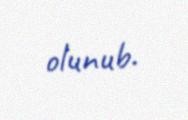
olunub.